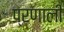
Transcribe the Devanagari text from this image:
प्रणालीं